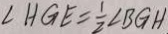
\angle H G E = \frac { 1 } { 2 } \angle B G H